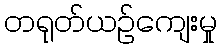
တရုတ်ယဉ်ကျေးမှု